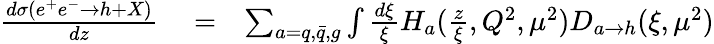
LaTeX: \begin{array}{rlr}{\frac{d\sigma(e^{+}e^{-}\rightarrow h+X)}{dz}}&{{}=}&{\sum_{a=q,\bar{q},g}\int\frac{d\xi}{\xi}H_{a}(\frac{z}{\xi},Q^{2},\mu^{2})D_{a\rightarrow h}(\xi,\mu^{2})}\end{array}